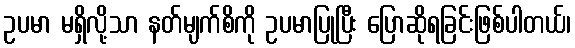
ဥပမာ မရှိလို့သာ နတ်မျက်စိကို ဥပမာပြုပြီး ပြောဆိုရခြင်းဖြစ်ပါတယ်၊